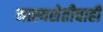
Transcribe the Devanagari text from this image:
मत्स्यशेतीचाही